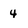
Character: 4